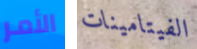
الأمر الفيتامينات